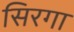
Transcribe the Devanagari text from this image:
सिरगा